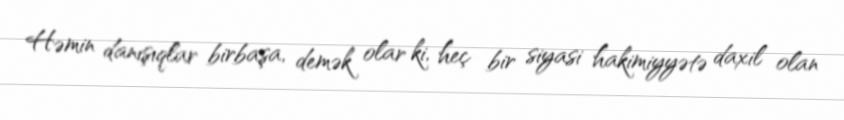
Həmin danışıqlar birbaşa, demək olar ki, heç bir siyasi hakimiyyətə daxil olan